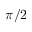
\pi / 2